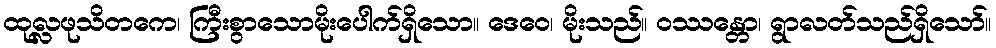
ထုလ္လဖုသိတကေ၊ ကြီးစွာသောမိုးပေါက်ရှိသော။ ဒေဝေ၊ မိုးသည်။ ဝဿန္တော၊ ရွာလတ်သည်ရှိသော်။